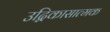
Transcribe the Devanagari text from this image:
उद्विकासात्मक